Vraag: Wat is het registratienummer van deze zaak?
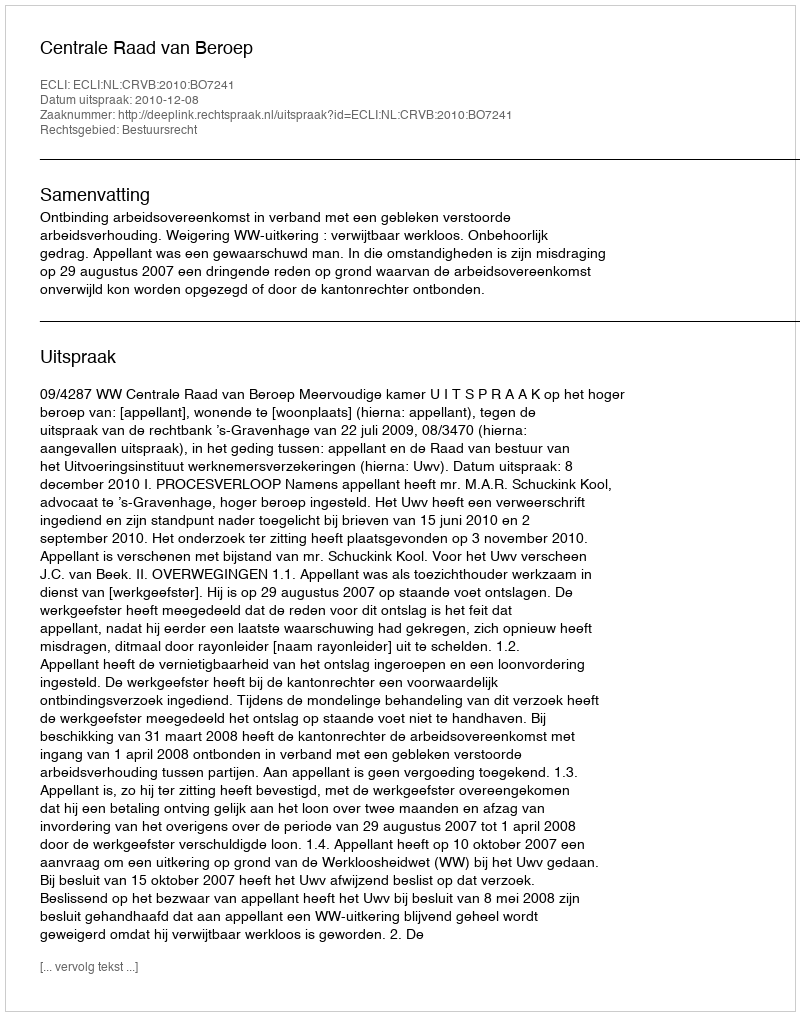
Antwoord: http://deeplink.rechtspraak.nl/uitspraak?id=ECLI:NL:CRVB:2010:BO7241